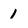
Character: 1